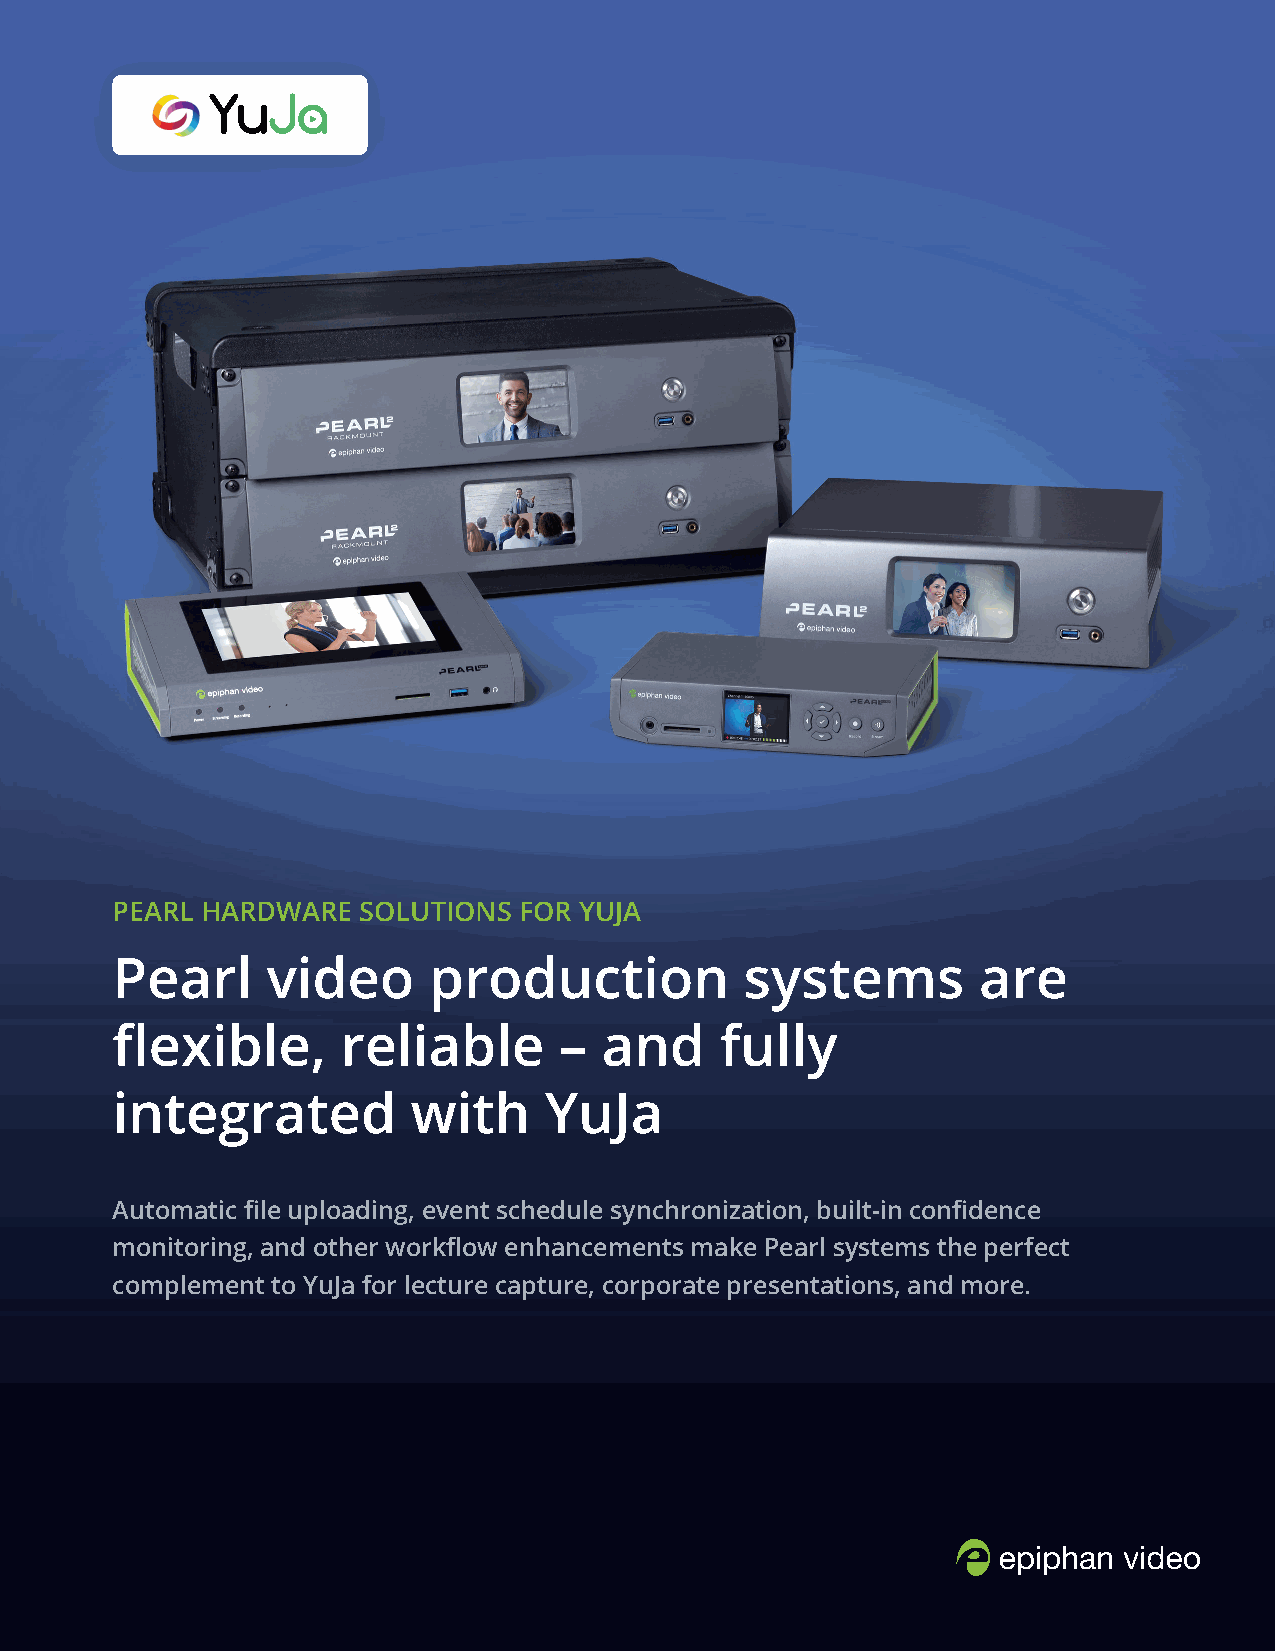
PEARL HARDWARE   SOLUTIONS FOR YUJA
 Pearl      video     production           systems         are
 flexible,       reliable      –  and     fully
 integrated          with     YuJa
 Automatic file uploading, event schedule synchronization, built-in confidence
 monitoring, and other workflow enhancements make Pearl systems the perfect
 complement to YuJa for lecture capture, corporate presentations, and more.